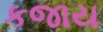
કજાય